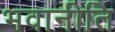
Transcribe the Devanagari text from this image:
भवानीति